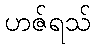
ဟဇ်ရသ်